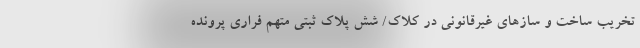
تخریب ساخت و ساز‌های غیرقانونی در کلاک/ شش پلاک ثبتی متهم فراری پرونده